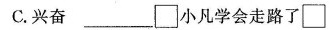
C.兴奋___ \Box 小凡学会走路了 \Box